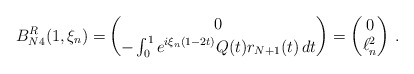
\begin{align*} B_{N4}^R(1,\xi_n)=&\begin{pmatrix}0 \\ -\int_0^1e^{i\xi_n(1-2t)}Q(t)r_{N+1}(t)\,dt\end{pmatrix}=\begin{pmatrix}0\\\ell^2_n \end{pmatrix} \, .\end{align*}